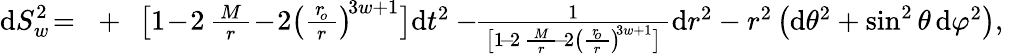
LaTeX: \begin{array}{r}{\begin{array}{rcl}{\displaystyle\mathrm{d}S_{w}^{2}\! =\! }&{+}&{\! \! \big[1\! -\! 2\, \frac{\, M\, }{r}\! -\! 2\left(\frac{\, r_{\! o}^{}\, }{r}\right)^{\! 3w+1}\big]\mathrm{d}t^{2}-\! \! \frac{1}{\, \big[1\! -\! 2\, \frac{\, M\, }{r}\! -\! 2\left(\frac{\, r_{\! o}^{}\, }{r}\right)^{\! 3w+1}\big]\, }\mathrm{d}r^{2}-r^{2}\left(\mathrm{d}\theta^{2}+\sin^{2}\theta\, \mathrm{d}\varphi^{2}\right),~~~}\end{array}}\end{array}